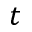
t